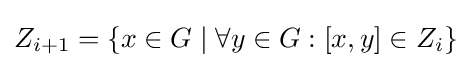
Z_{i+1}=\{x\in G\mid \forall y\in G:[x,y]\in Z_{i}\}